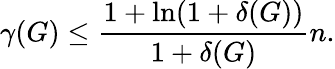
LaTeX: \gamma(G)\leq\frac{1+\ln(1+\delta(G))}{1+\delta(G)}n.